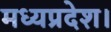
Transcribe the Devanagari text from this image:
मध्‍यप्रदेश।